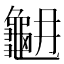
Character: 𪚳